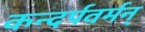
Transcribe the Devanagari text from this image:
कन्दर्पवर्मन्